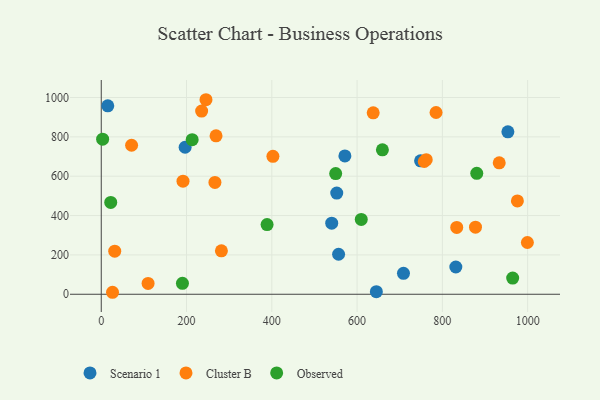
{"axis": {"x": "Investment", "y": "Rating"}, "legend": ["Cluster B", "Observed", "Scenario 1"], "data": [{"x": "708.8", "y": 106.3, "type": "Scenario 1"}, {"x": "196.7", "y": 747.1, "type": "Scenario 1"}, {"x": "552.3", "y": 514.3, "type": "Scenario 1"}, {"x": "15.3", "y": 957.7, "type": "Scenario 1"}, {"x": "540.5", "y": 361.1, "type": "Scenario 1"}, {"x": "645.2", "y": 13.4, "type": "Scenario 1"}, {"x": "953.7", "y": 825.8, "type": "Scenario 1"}, {"x": "556.6", "y": 203.3, "type": "Scenario 1"}, {"x": "831.6", "y": 138.6, "type": "Scenario 1"}, {"x": "571.4", "y": 703.0, "type": "Scenario 1"}, {"x": "748.9", "y": 678.1, "type": "Scenario 1"}, {"x": "191.7", "y": 574.6, "type": "Cluster B"}, {"x": "26.4", "y": 10.1, "type": "Cluster B"}, {"x": "785.2", "y": 923.7, "type": "Cluster B"}, {"x": "109.8", "y": 55.2, "type": "Cluster B"}, {"x": "235.4", "y": 930.8, "type": "Cluster B"}, {"x": "402.6", "y": 701.1, "type": "Cluster B"}, {"x": "933.4", "y": 668.0, "type": "Cluster B"}, {"x": "833.7", "y": 339.8, "type": "Cluster B"}, {"x": "245.6", "y": 988.7, "type": "Cluster B"}, {"x": "757.5", "y": 674.8, "type": "Cluster B"}, {"x": "281.8", "y": 220.6, "type": "Cluster B"}, {"x": "269.2", "y": 805.3, "type": "Cluster B"}, {"x": "999.4", "y": 263.0, "type": "Cluster B"}, {"x": "877.7", "y": 341.0, "type": "Cluster B"}, {"x": "31.6", "y": 219.2, "type": "Cluster B"}, {"x": "266.6", "y": 568.4, "type": "Cluster B"}, {"x": "637.8", "y": 922.1, "type": "Cluster B"}, {"x": "976.0", "y": 474.3, "type": "Cluster B"}, {"x": "762.2", "y": 684.2, "type": "Cluster B"}, {"x": "71.1", "y": 757.3, "type": "Cluster B"}, {"x": "880.7", "y": 614.8, "type": "Observed"}, {"x": "609.8", "y": 380.4, "type": "Observed"}, {"x": "190.4", "y": 55.8, "type": "Observed"}, {"x": "549.8", "y": 613.2, "type": "Observed"}, {"x": "659.4", "y": 734.1, "type": "Observed"}, {"x": "213.2", "y": 785.9, "type": "Observed"}, {"x": "22.2", "y": 466.6, "type": "Observed"}, {"x": "388.9", "y": 354.2, "type": "Observed"}, {"x": "964.9", "y": 82.2, "type": "Observed"}, {"x": "3.2", "y": 788.3, "type": "Observed"}]}